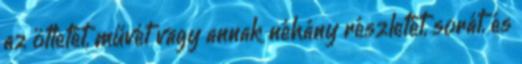
az ötletét, művét vagy annak néhány részletét, sorát, és